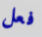
فعل